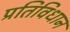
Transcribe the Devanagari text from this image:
प्रतिविधान